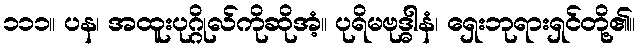
၁၁၁။ ပန၊ အထူးပုဂ္ဂိုလ်ကိုဆိုအံ့။ ပုရိမဗုဒ္ဓါနံ၊ ရှေးဘုရားရှင်တို့၏။